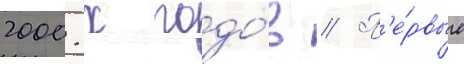
2000-х годо́в // П'е́рвые